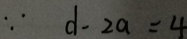
\because d - 2 a = 4